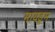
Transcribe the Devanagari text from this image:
मायडूम